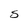
Character: S